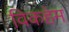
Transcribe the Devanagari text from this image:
विकहेम